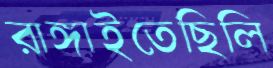
রাঙ্গাইতেছিলি